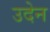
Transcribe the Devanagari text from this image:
उदेन